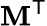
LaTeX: \mathbf{M}^{\mathsf{{T}}}